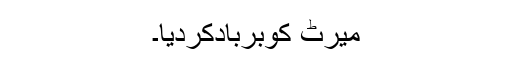
میرٹ کوبربادکردیا۔